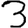
Digit: 3